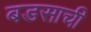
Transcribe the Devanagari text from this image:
बडसाची